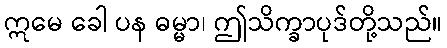
ဣမေ ခေါ ပန ဓမ္မာ၊ ဤသိက္ခာပုဒ်တို့သည်။